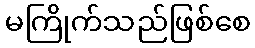
မကြိုက်သည်ဖြစ်စေ